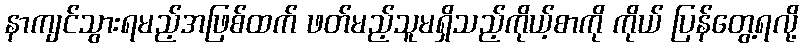
နာကျင်သွားရမည့်အဖြစ်ထက် ဖတ်မည့်သူမရှိသည့်ကိုယ့်စာကို ကိုယ် ပြန်တွေ့ရလို့